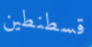
قسطنطين